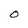
Character: 0